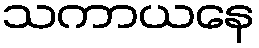
သကာယနေ